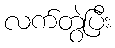
လက်တွဲပြီး